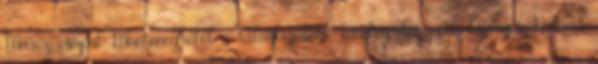
Märcz-csapat Montenegrótól a Világligában Tényleg elég volt, Georges Leekens